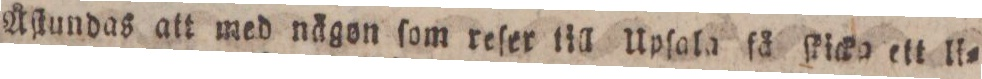
Åſtundas att med nägon ſom reſer till Upſala få ſticka ett li=